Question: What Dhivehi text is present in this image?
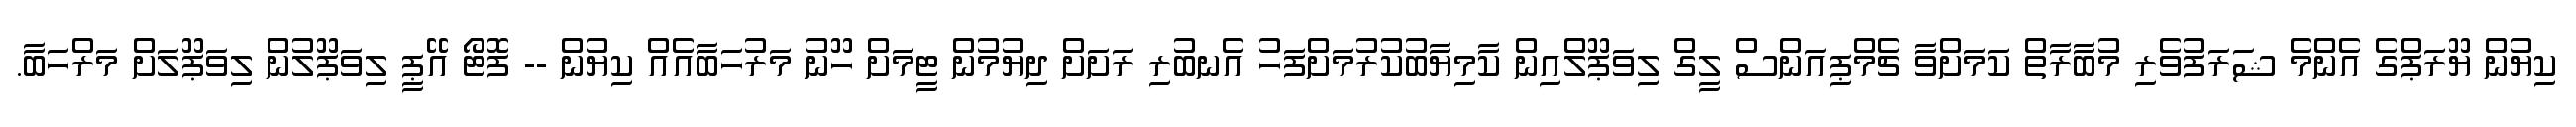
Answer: ކިޔުން ޔޫރަޕްގެ އެންމެ ޝަރަފުވެރި މުބާރާތް ކަމަށްވާ ޗެމްޕިއަންސް ލީގް ލިވަޕޫލްއިން ކާމިޔާބުކުރުމަށްފަހު އެނބުރި ރަށަށް ދިޔުމުން ޓީމަށް ހޫނު މަރުހަބާއެއް ކިޔުން -- ފޮޓޯ އޭޕީ ލިވަޕޫލުން ލިވަޕޫލަށް މަރްހަބާ.